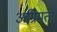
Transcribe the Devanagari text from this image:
अग्रिमता